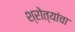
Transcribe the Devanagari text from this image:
श्रोत्यांचा